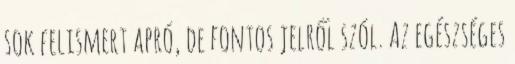
sok felismert apró, de fontos jelről szól. Az egészséges